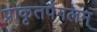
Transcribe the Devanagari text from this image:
प्राकृतपैंगलम्‌